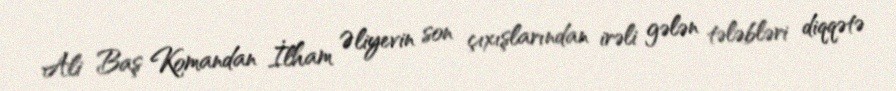
Ali Baş Komandan İlham Əliyevin son çıxışlarından irəli gələn tələbləri diqqətə